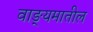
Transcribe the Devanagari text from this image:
वाङ्यमातील